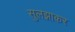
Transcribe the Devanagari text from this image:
सुलझाकर